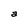
Character: a